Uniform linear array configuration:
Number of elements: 48
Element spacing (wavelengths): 1
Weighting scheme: hann
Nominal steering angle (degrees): -60
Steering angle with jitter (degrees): -61.892
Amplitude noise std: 0.05
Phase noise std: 0.05

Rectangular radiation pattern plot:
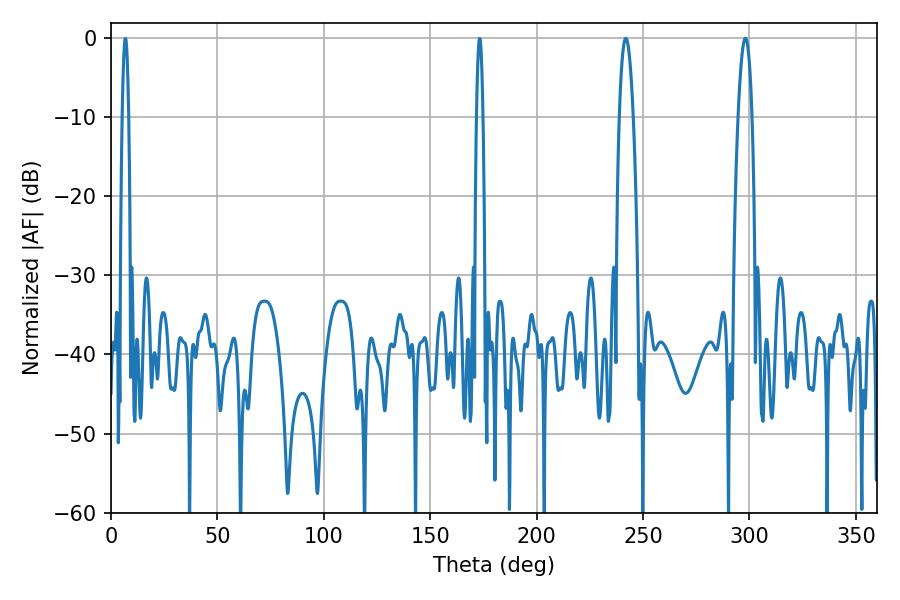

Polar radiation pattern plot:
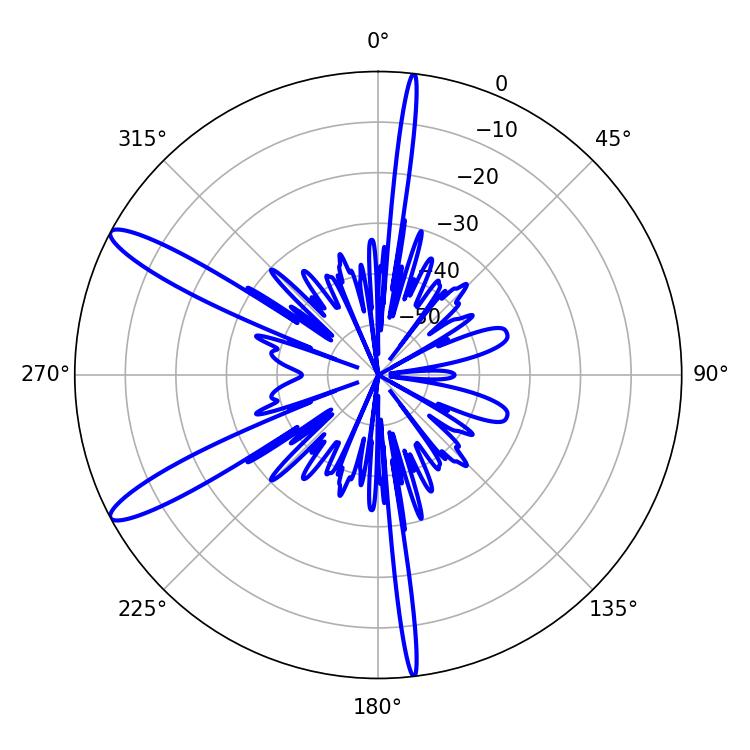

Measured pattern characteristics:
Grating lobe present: TRUE
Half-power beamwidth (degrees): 3.6
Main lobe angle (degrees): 298.08